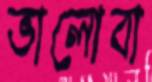
ভালোবা